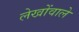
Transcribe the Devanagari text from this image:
लेखोंवाले